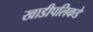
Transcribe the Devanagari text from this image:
खाडीपलिकडे